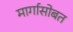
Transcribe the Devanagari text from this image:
मार्गासोबत